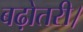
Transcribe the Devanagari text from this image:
बढ़ोतरी।